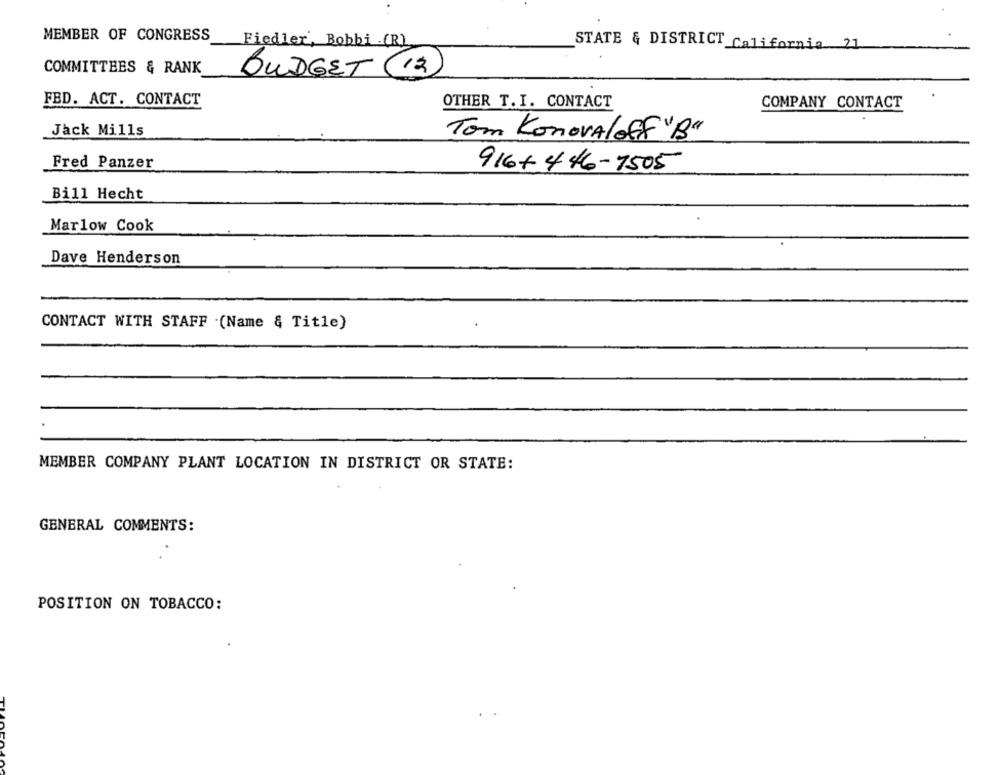
MEMBER OF CONGRESS
Fiedler, Bobbi . (R)
STATE & DISTRICT California 21
COMMITTEES & RANK
BUDGET (12)
FED. ACT. CONTACT
OTHER T. I. CONTACT
COMPANY CONTACT
Jack Mills
Tom Konovaloff "B"
Fred Panzer
916+446-7505
Bill Hecht
Marlow Cook
Dave Henderson
CONTACT WITH STAFF .(Name & Title)
MEMBER COMPANY PLANT LOCATION IN DISTRICT OR STATE:
GENERAL COMMENTS:
POSITION ON TOBACCO: